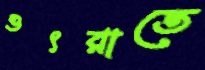
ওৎরাতে